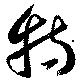
特